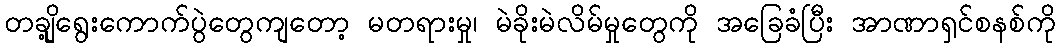
တချို့ရွေးကောက်ပွဲတွေကျတော့ မတရားမှု၊ မဲခိုးမဲလိမ်မှုတွေကို အခြေခံပြီး အာဏာရှင်စနစ်ကို